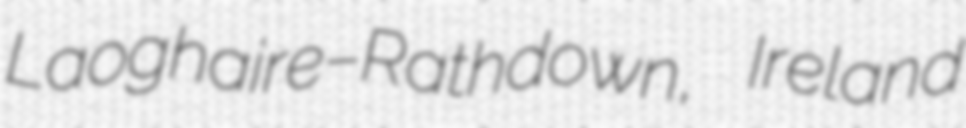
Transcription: Laoghaire–Rathdown, Ireland